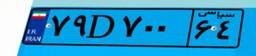
۷۹D۷۰۰۶۴